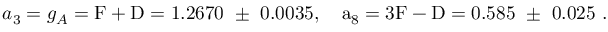
a _ { 3 } = g _ { A } = \mathrm { { F + D } = 1 . 2 6 7 0 ~ \pm ~ 0 . 0 0 3 5 , ~ ~ ~ a _ { 8 } = 3 \mathrm { { F - D } = 0 . 5 8 5 ~ \pm ~ 0 . 0 2 5 ~ . } }